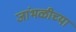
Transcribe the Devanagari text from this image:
जांभळीच्या